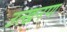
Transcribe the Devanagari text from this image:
उत्खनण